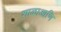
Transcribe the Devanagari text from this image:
शाळाआणि